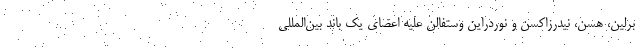
برلین، هسن، نیدرزاکسن و نوردراین وستفالن علیه اعضای یک باند بین‌المللی